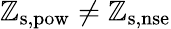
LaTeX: \mathbb{Z}_{\mathrm{{s,pow}}}\ne\mathbb{Z}_{\mathrm{{s,nse}}}